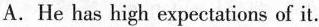
A. He has high expectations of it.